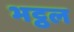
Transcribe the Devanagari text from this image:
भट्ठल